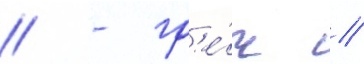
// - гр'е́ч //